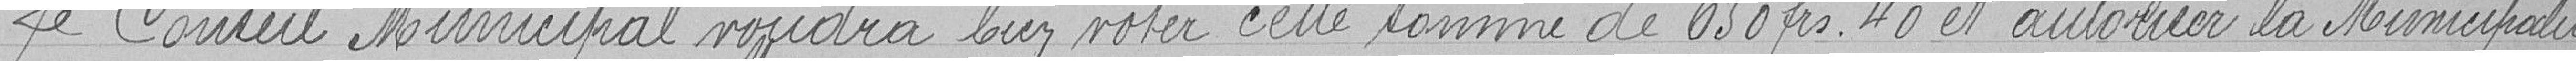
Le Conseil municipal voudra bien voter cette somme de 650,40 francs et autoriser la municipalité.